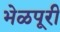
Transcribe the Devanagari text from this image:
भेळपूरी